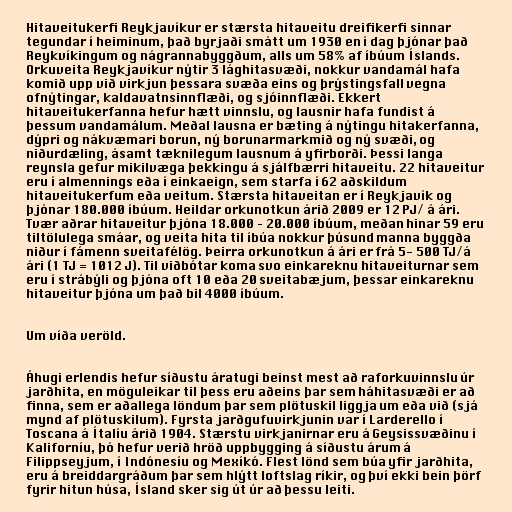
Hitaveitukerfi Reykjavíkur er stærsta hitaveitu dreifikerfi sinnar
tegundar í heiminum, það byrjaði smátt um 1930 en í dag þjónar það
Reykvíkingum og nágrannabyggðum, alls um 58% af íbúum Íslands.
Orkuveita Reykjavíkur nýtir 3 lághitasvæði, nokkur vandamál hafa
komið upp við virkjun þessara svæða eins og þrýstingsfall vegna
ofnýtingar, kaldavatnsinnflæði, og sjóinnflæði. Ekkert
hitaveitukerfanna hefur hætt vinnslu, og lausnir hafa fundist á
þessum vandamálum. Meðal lausna er bæting á nýtingu hitakerfanna,
dýpri og nákvæmari borun, ný borunarmarkmið og ný svæði, og
niðurdæling, ásamt tæknilegum lausnum á yfirborði. Þessi langa
reynsla gefur mikilvæga þekkingu á sjálfbærri hitaveitu. 22 hitaveitur
eru í almennings eða í einkaeign, sem starfa í 62 aðskildum
hitaveitukerfum eða veitum. Stærsta hitaveitan er í Reykjavík og
þjónar 180.000 íbúum. Heildar orkunotkun árið 2009 er 12 PJ/ á ári.
Tvær aðrar hitaveitur þjóna 18.000 – 20.000 íbúum, meðan hinar 59 eru
tiltölulega smáar, og veita hita til íbúa nokkur þúsund manna byggða
niður í fámenn sveitafélög. Þeirra orkunotkun á ári er frá 5- 500 TJ/á
ári (1 TJ = 1012 J). Til viðbótar koma svo einkareknu hitaveiturnar sem
eru í strábýli og þjóna oft 10 eða 20 sveitabæjum, þessar einkareknu
hitaveitur þjóna um það bil 4000 íbúum.

Um víða veröld.

Áhugi erlendis hefur síðustu áratugi beinst mest að raforkuvinnslu úr
jarðhita, en möguleikar til þess eru aðeins þar sem háhitasvæði er að
finna, sem er aðallega löndum þar sem plötuskil liggja um eða við (sjá
mynd af plötuskilum). Fyrsta jarðgufuvirkjunin var í Larderello í
Toscana á Ítalíu árið 1904. Stærstu virkjanirnar eru á Geysissvæðinu í
Kaliforníu, þó hefur verið hröð uppbygging á síðustu árum á
Filippseyjum, í Indónesíu og Mexíkó. Flest lönd sem búa yfir jarðhita,
eru á breiddargráðum þar sem hlýtt loftslag ríkir, og því ekki bein þörf
fyrir hitun húsa, Ísland sker sig út úr að þessu leiti.